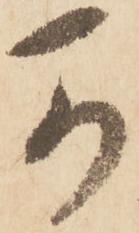
可